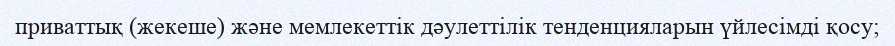
приваттық (жекеше) және мемлекеттік дәулеттілік тенденцияларын үйлесімді қосу;